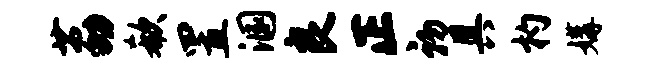
荔欷置溷良正初具杓媾